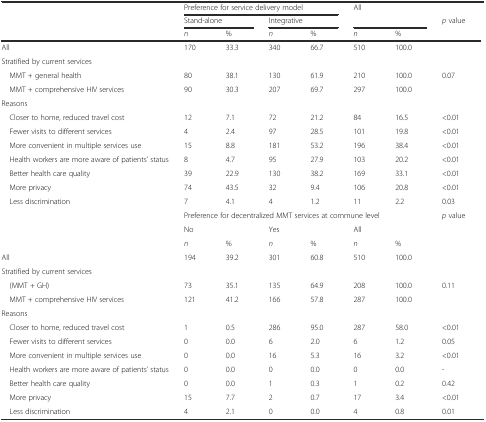
<table><thead><tr><td rowspan="3"></td><td colspan="4"><b>Preference for service delivery model</b></td><td rowspan="2" colspan="2"><b>All</b></td><td></td></tr><tr><td colspan="2"><b>Stand-alone</b></td><td colspan="2"><b>Integrative</b></td><td><b><i>p</i> value</b></td></tr><tr><td><b><i>n</i></b></td><td><b>%</b></td><td><b><i>n</i></b></td><td><b>%</b></td><td><b><i>n</i></b></td><td><b>%</b></td><td></td></tr></thead><tbody><tr><td>All</td><td>170</td><td>33.3</td><td>340</td><td>66.7</td><td>510</td><td>100.0</td><td></td></tr><tr><td>Stratified by current services</td><td colspan="2"></td><td></td><td colspan="2"></td><td></td><td></td></tr><tr><td> MMT + general health</td><td>80</td><td>38.1</td><td>130</td><td>61.9</td><td>210</td><td>100.0</td><td>0.07</td></tr><tr><td> MMT + comprehensive HIV services</td><td>90</td><td>30.3</td><td>207</td><td>69.7</td><td>297</td><td>100.0</td><td></td></tr><tr><td>Reasons</td><td colspan="2"></td><td></td><td colspan="2"></td><td></td><td></td></tr><tr><td> Closer to home, reduced travel cost</td><td>12</td><td>7.1</td><td>72</td><td>21.2</td><td>84</td><td>16.5</td><td>&lt;0.01</td></tr><tr><td> Fewer visits to different services</td><td>4</td><td>2.4</td><td>97</td><td>28.5</td><td>101</td><td>19.8</td><td>&lt;0.01</td></tr><tr><td> More convenient in multiple services use</td><td>15</td><td>8.8</td><td>181</td><td>53.2</td><td>196</td><td>38.4</td><td>&lt;0.01</td></tr><tr><td> Health workers are more aware of patients’ status</td><td>8</td><td>4.7</td><td>95</td><td>27.9</td><td>103</td><td>20.2</td><td>&lt;0.01</td></tr><tr><td> Better health care quality</td><td>39</td><td>22.9</td><td>130</td><td>38.2</td><td>169</td><td>33.1</td><td>&lt;0.01</td></tr><tr><td> More privacy</td><td>74</td><td>43.5</td><td>32</td><td>9.4</td><td>106</td><td>20.8</td><td>&lt;0.01</td></tr><tr><td> Less discrimination</td><td>7</td><td>4.1</td><td>4</td><td>1.2</td><td>11</td><td>2.2</td><td>0.03</td></tr><tr><td></td><td colspan="6">Preference for decentralized MMT services at commune level</td><td><i>p</i> value</td></tr><tr><td></td><td>No</td><td></td><td>Yes</td><td></td><td colspan="3">All</td></tr><tr><td></td><td><i>n</i></td><td>%</td><td><i>n</i></td><td>%</td><td><i>n</i></td><td colspan="2">%</td></tr><tr><td>All</td><td>194</td><td>39.2</td><td>301</td><td>60.8</td><td>510</td><td>100.0</td><td></td></tr><tr><td>Stratified by current services</td><td></td><td colspan="2"></td><td></td><td colspan="2"></td><td></td></tr><tr><td> (MMT + GH)</td><td>73</td><td>35.1</td><td>135</td><td>64.9</td><td>208</td><td>100.0</td><td>0.11</td></tr><tr><td> MMT + comprehensive HIV services</td><td>121</td><td>41.2</td><td>166</td><td>57.8</td><td>287</td><td>100.0</td><td></td></tr><tr><td>Reasons</td><td></td><td colspan="2"></td><td></td><td colspan="2"></td><td></td></tr><tr><td> Closer to home, reduced travel cost</td><td>1</td><td>0.5</td><td>286</td><td>95.0</td><td>287</td><td>58.0</td><td>&lt;0.01</td></tr><tr><td> Fewer visits to different services</td><td>0</td><td>0.0</td><td>6</td><td>2.0</td><td>6</td><td>1.2</td><td>0.05</td></tr><tr><td> More convenient in multiple services use</td><td>0</td><td>0.0</td><td>16</td><td>5.3</td><td>16</td><td>3.2</td><td>&lt;0.01</td></tr><tr><td> Health workers are more aware of patients’ status</td><td>0</td><td>0.0</td><td>0</td><td>0.0</td><td>0</td><td>0.0</td><td>-</td></tr><tr><td> Better health care quality</td><td>0</td><td>0.0</td><td>1</td><td>0.3</td><td>1</td><td>0.2</td><td>0.42</td></tr><tr><td> More privacy</td><td>15</td><td>7.7</td><td>2</td><td>0.7</td><td>17</td><td>3.4</td><td>&lt;0.01</td></tr><tr><td> Less discrimination</td><td>4</td><td>2.1</td><td>0</td><td>0.0</td><td>4</td><td>0.8</td><td>0.01</td></tr></tbody></table>